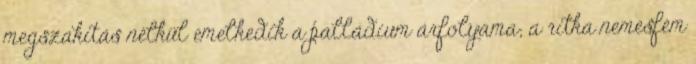
megszakítás nélkül emelkedik a palládium árfolyama; a ritka nemesfém